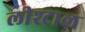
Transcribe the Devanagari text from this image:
लीश्टाल